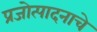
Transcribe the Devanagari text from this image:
प्रजोत्पादनाचे